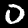
Label: 0